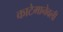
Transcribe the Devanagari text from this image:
काटेमानेवली